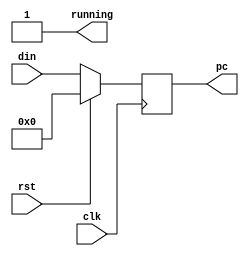
module PC (
    input wire clk,
    input wire rst,
    input wire [31:0]din,
    output wire [31:0]pc,
    output reg running
);
    reg [31:0] pcReg=0;
    assign pc=pcReg;
    always @(posedge clk) begin
        if (rst) begin
            pcReg<=0;
        end else begin
            pcReg<=din;
        end
        
    end

    always @(*) begin
        running=1;
    end
endmodule